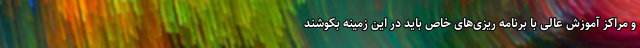
و مراکز آموزش عالی با برنامه ریزی‌های خاص باید در این زمینه بکوشند